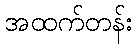
အထက်တန်း